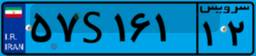
۸۶S۵۶۵۹۹